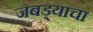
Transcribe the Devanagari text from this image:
जबड्याचा